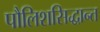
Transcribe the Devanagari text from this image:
पौलिशसिद्धान्त